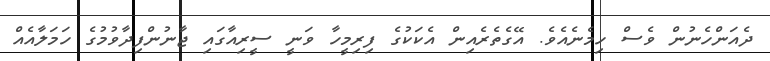
ދެއަންހެނުން ވެސް ހިމެނެއެވެ. އޭގެތެރެއިން އެކަކުގެ ފިރިމީހާ ވަނީ ސީރިއާގައި ޖާނުންފިދާވުމުގެ ހަމަލާއެއް